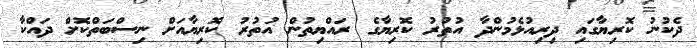
ދެކުނު ކޮރިޔާގައި ދިރިއުޅެމުންދާ އުތުރު ކޮރިޔާގެ ރައްޔިތުން އުތުރު ކޮރިޔާއަށް ނިސްބަތްކޮށް ދައްކާ